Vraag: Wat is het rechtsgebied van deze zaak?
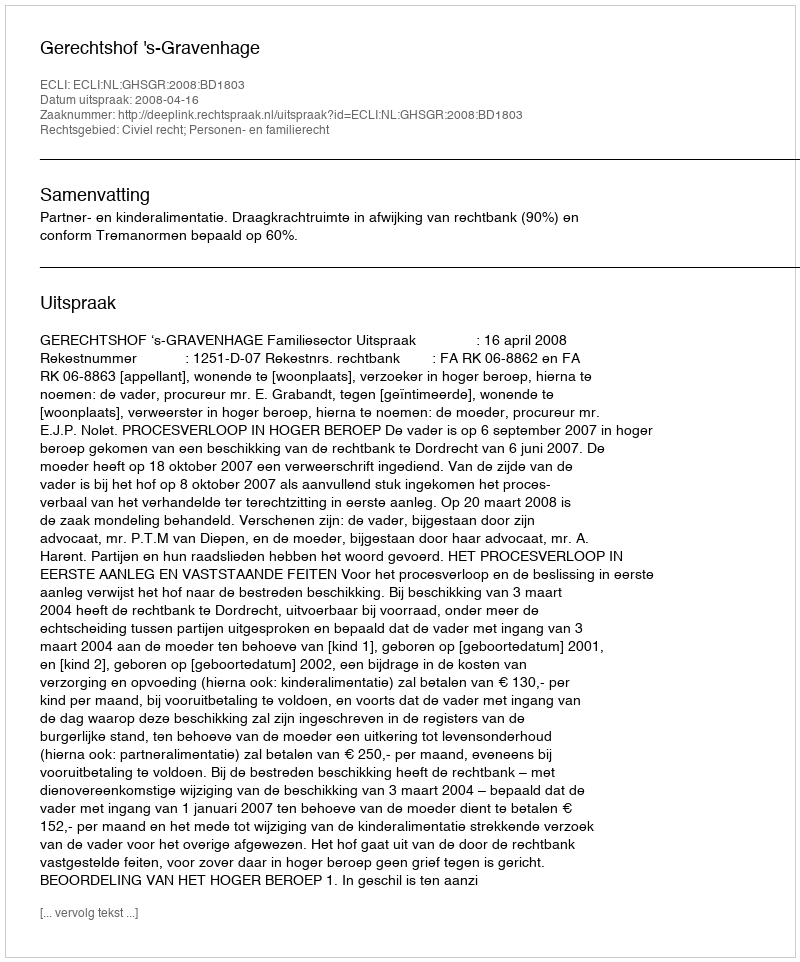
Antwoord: Civiel recht; Personen- en familierecht